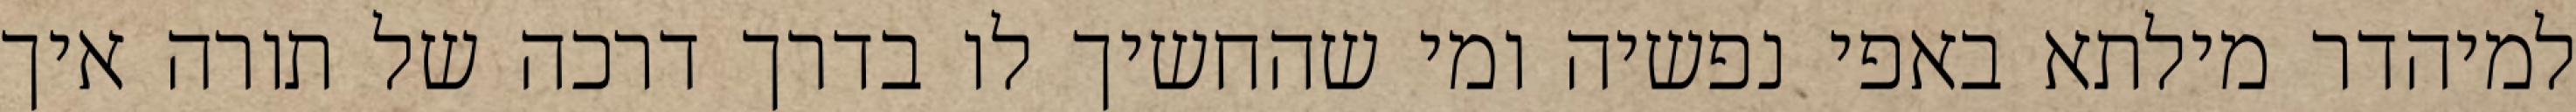
למיהדר מילתא באפי נפשיה ומי שהחשיך לו בדרך דרכה של תורה איך